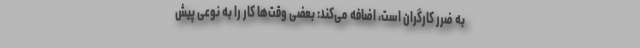
به ضرر کارگران است، اضافه می‌کند: بعضی وقت‌ها کار را به نوعی پیش